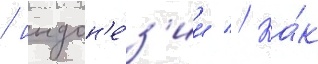
/ индон'е́з'ии // Ка́к